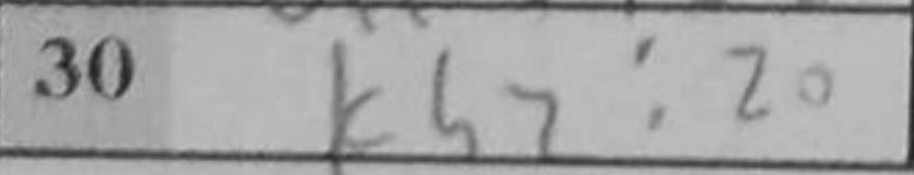
Transcription: Kh2